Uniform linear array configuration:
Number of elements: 48
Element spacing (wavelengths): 0.75
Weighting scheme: cosine
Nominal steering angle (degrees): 30
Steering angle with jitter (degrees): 28.657
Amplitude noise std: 0.05
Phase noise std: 0.05

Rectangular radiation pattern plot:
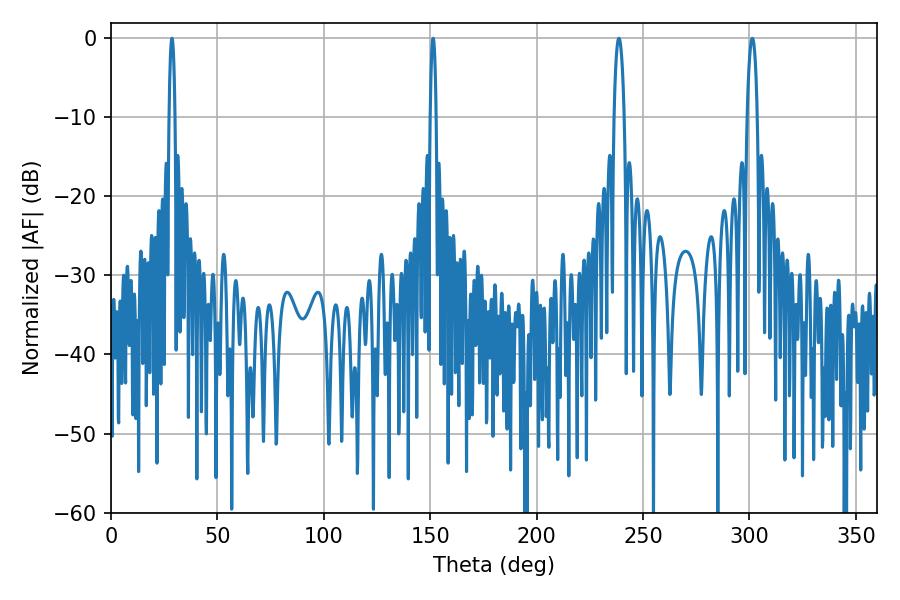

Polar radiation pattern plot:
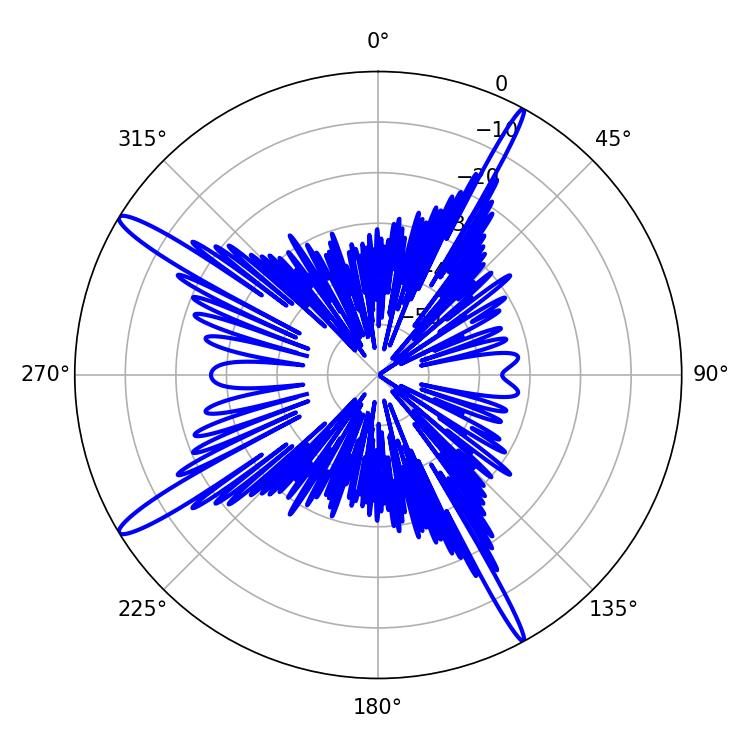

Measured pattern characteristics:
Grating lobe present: TRUE
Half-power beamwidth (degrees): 2.52
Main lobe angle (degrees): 301.32